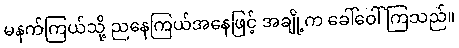
မနက်ကြယ်သို့ ညနေကြယ်အနေဖြင့် အချို့က ခေါ်ဝေါ်ကြသည်။